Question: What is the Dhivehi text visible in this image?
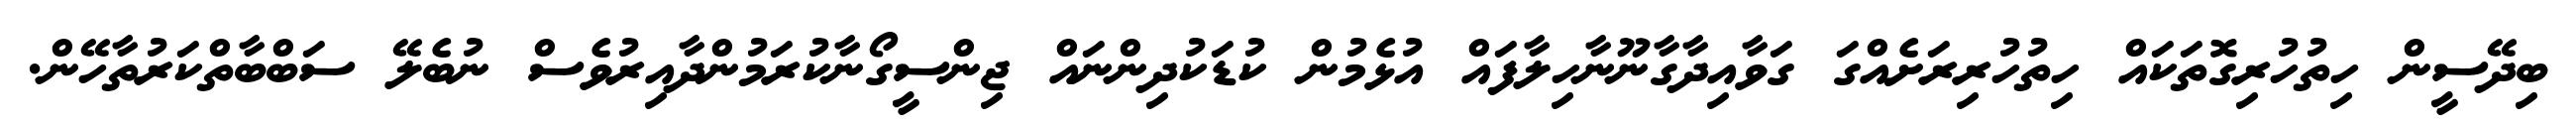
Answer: ބިދޭސީން ހިތުހުރިގޮތަކައް ހިތުހުރިރަށެއްގަ ގަވާއިދާގާނޫނާހިލާފައް އުޅެމުން ކުޑަކުދިންނައް ޖިންސީގޯނާކުރަމުންދާއިރުވެސް ނުބެލޭ ސަބްބާތްކަރުތާހޭން.